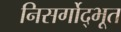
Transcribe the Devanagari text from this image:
निसर्गोद्भूत